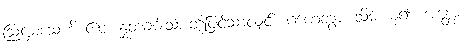
ဩဋ္ဌမံသေဟိ ဧဝ၊ နှုတ်ခမ်းသားတို့ဖြင့်သာလျှင်။ ဂဟေတွာ၊ သိမ်းယူ၍။ အန္တော၊